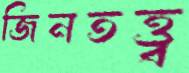
জিনতত্ত্ব